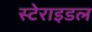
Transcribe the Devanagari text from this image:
स्टेराइडल